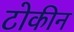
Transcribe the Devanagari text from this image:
टोकीन